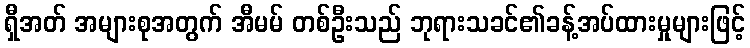
ရှီအတ် အများစုအတွက် အီမမ် တစ်ဦးသည် ဘုရားသခင်၏ခန့်အပ်ထားမှုများဖြင့်